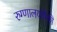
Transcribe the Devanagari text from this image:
रुग्णालयांपैकी